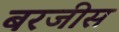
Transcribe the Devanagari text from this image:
बरजीस